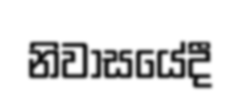
නිවාසයේදී